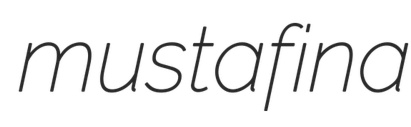
mustafina